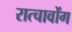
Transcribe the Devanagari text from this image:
रात्चावोंग